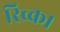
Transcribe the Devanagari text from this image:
रिव्का